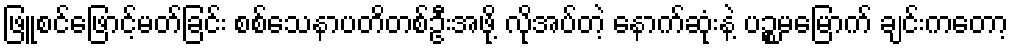
ဖြူစင်ဖြောင့်မတ်ခြင်း စစ်သေနာပတိတစ်ဦးအဖို့ လိုအပ်တဲ့ နောက်ဆုံးနဲ့ ပဉ္စမမြောက် ချင်းကတော့